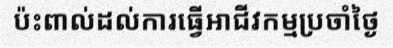
ប៉ះពាល់ដល់ការធ្វើអាជីវកម្មប្រចាំថ្ងៃ